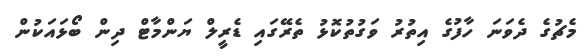
މެޗުގެ ދެވަނަ ހާފުގެ އިތުރު ވަގުތުކޮޅު ތެރޭގައި ޑެރީލް ޔަންމާޓް ދިން ބޯޅައަކުން